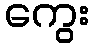
ကွေး